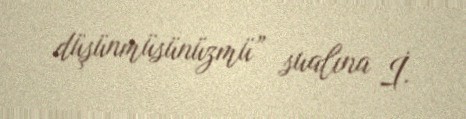
düşünmüsünüzmü” sualına İ.